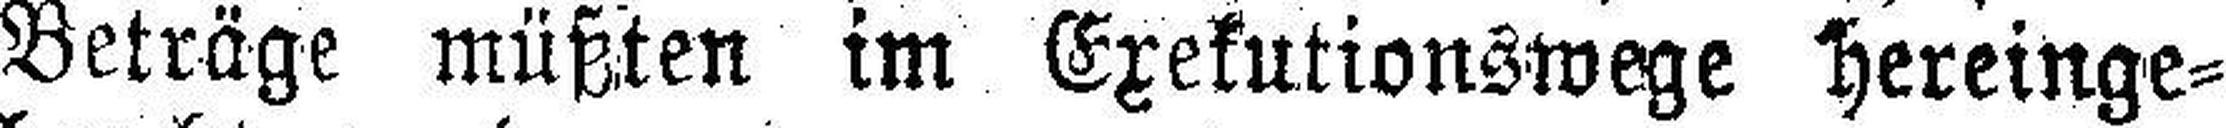
Beträge müßten im Exekutionswege hereinge¬